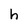
Character: h